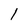
Character: l